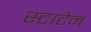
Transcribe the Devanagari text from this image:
स्टाटेन